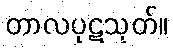
တာလပုဋသုတ်။